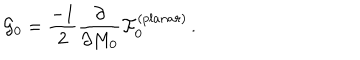
{ \cal G } _ { 0 } = \frac { - 1 } { 2 } \frac { \partial } { \partial M _ { 0 } } { \cal F } _ { 0 } ^ { ( p l a n a r ) } \, .